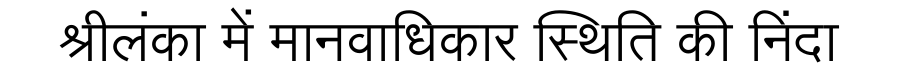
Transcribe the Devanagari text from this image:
श्रीलंका में मानवाधिकार स्थिति की निंदा